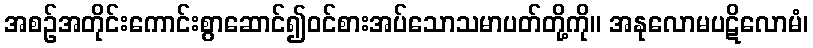
အစဉ်အတိုင်းကောင်းစွာဆောင်၍ဝင်စားအပ်သောသမာပတ်တို့ကို။ အနုလောမပဋိလောမံ၊